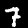
Digit: 7